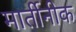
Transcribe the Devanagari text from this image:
मार्तीनीक